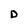
Character: D